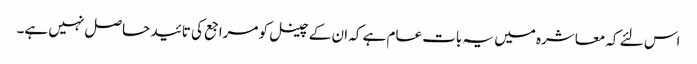
اس لئے کہ معاشرہ میں یہ بات عام ہے کہ ان کے چینل کو مراجع کی تائید حاصل نہیں ہے۔